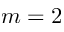
m = 2